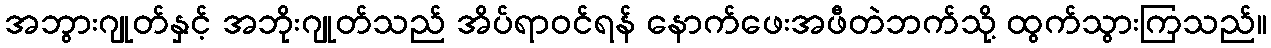
အဘွားဂျုတ်နှင့် အဘိုးဂျုတ်သည် အိပ်ရာဝင်ရန် နောက်ဖေးအဖီတဲဘက်သို့ ထွက်သွားကြသည်။